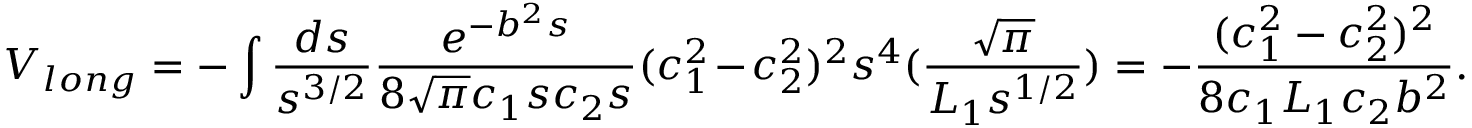
V _ { l o n g } = - \int \frac { d s } { s ^ { 3 / 2 } } \frac { e ^ { - b ^ { 2 } s } } { 8 \sqrt { \pi } c _ { 1 } s c _ { 2 } s } ( c _ { 1 } ^ { 2 } - c _ { 2 } ^ { 2 } ) ^ { 2 } s ^ { 4 } ( \frac { \sqrt { \pi } } { L _ { 1 } s ^ { 1 / 2 } } ) = - \frac { ( c _ { 1 } ^ { 2 } - c _ { 2 } ^ { 2 } ) ^ { 2 } } { 8 c _ { 1 } L _ { 1 } c _ { 2 } b ^ { 2 } } .